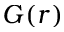
G ( r )